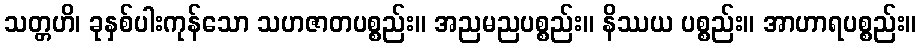
သတ္တဟိ၊ ခုနှစ်ပါးကုန်သော သဟဇာတပစ္စည်း။ အညမညပစ္စည်း။ နိဿယ ပစ္စည်း။ အာဟာရပစ္စည်း။